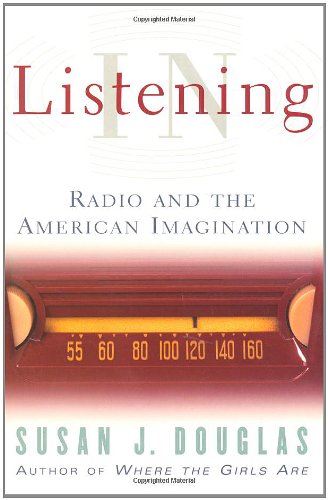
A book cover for Listening In: Radio And The American Imagination; Susan J. Douglas; Humor & Entertainment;